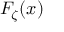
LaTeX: F _ { \zeta } ( x )